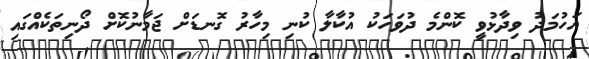
އަހުމަދު ވިދާޅުވީ ކޮންމެ ދުވަހަކު އުކާލާ ކުނި މިހާރު ގޮނޑަށް ޖަމާނުކޮށް ދޯނިތަކެއްގައި